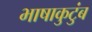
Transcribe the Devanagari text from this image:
भाषाकुटुंब